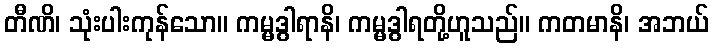
တီဏိ၊ သုံးပါးကုန်သော။ ကမ္မဒွါရာနိ၊ ကမ္မဒွါရတို့ဟူသည်။ ကတမာနိ၊ အဘယ်